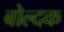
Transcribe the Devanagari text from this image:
बोल्दक